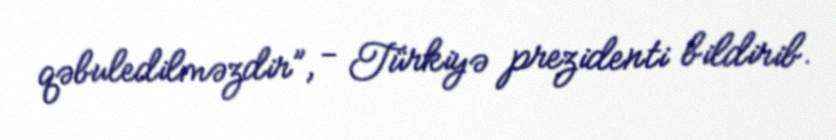
qəbuledilməzdir”, - Türkiyə prezidenti bildirib.